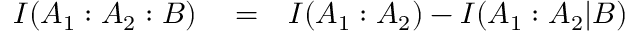
\begin{array} { r l r } { I ( A _ { 1 } : A _ { 2 } : B ) } & { { } = } & { I ( A _ { 1 } : A _ { 2 } ) - I ( A _ { 1 } : A _ { 2 } | B ) } \end{array}